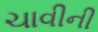
ચાવીની